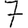
Digit: 7